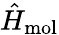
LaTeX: \hat{H}_{\mathrm{mol}}